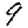
Digit: 9